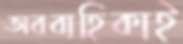
অববাহিকাই